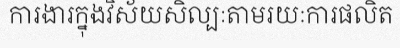
ការងារក្នុងវិស័យសិល្បៈតាមរយៈការផលិត